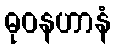
ဓုဝနဟာနံ